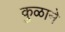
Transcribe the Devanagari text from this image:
कुळाने